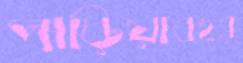
পাড়িয়াবহর